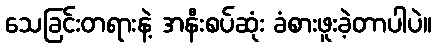
သေခြင်းတရားနဲ့ အနီးစပ်ဆုံး ခံစားဖူးခဲ့တာပါပဲ။